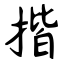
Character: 揩